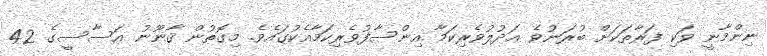
ނިންމާނީ ވަކި ފަރާތަކަށް ބުރަނުވެ ޢަދުލުވެރިކަމާ އިންސާފުވެރިކަމާއެކުގައެވެ. މިގޮތުން ޤާނޫނު އަސާސީގެ 42